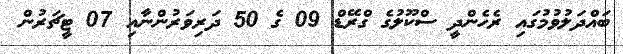
ބައްދަލުވުމުގައި ރެހެންދީ ސްކޫލުގެ ގްރޭޑް 09 ގެ 50 ދަރިވަރުންނާއި 07 ޓީޗަރުން